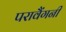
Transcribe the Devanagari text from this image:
परावैंगनी